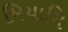
મિયામિ